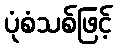
ပုံစံသစ်ဖြင့်